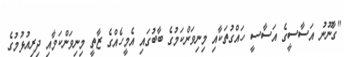
"ގާނޫނު އަސާސީގެ އަސާސީ ހައްގުތަކާއި މިނިވަންކަމުގެ ބާބުގައި އެމީހެއްގެ ޒާތީ މިނިވަންކަމާއި ދިރިއުޅުމުގެ